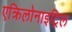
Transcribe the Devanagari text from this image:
एक्रिलोनाइट्रिल